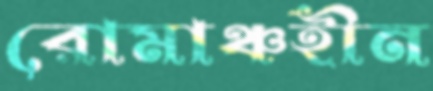
রোমাঞ্চহীন